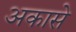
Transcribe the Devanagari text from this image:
अकासे